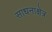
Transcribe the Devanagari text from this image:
साधनाक्षेत्र